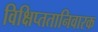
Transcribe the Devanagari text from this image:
विक्षिप्ततानिवारक